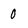
Character: 0